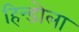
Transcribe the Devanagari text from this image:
हिन्डोला